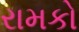
રામકો